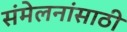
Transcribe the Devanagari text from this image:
संमेलनांसाठी